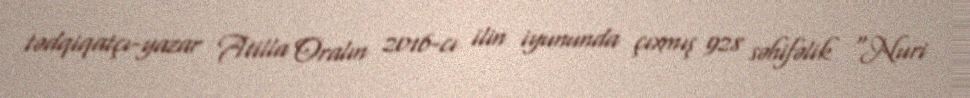
tədqiqatçı-yazar Atilla Oralın 2016-cı ilin iyununda çıxmış 928 səhifəlik “Nuri